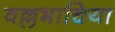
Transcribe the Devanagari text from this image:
वल्लभाचिया